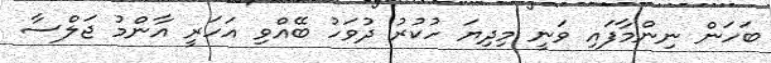
ބަހަން ނިންމާފައި ވަނީ މިދިޔަ ހުކުރު ދުވަހު ބޭއްވި އަހަރީ އާންމު ޖަލްސާ